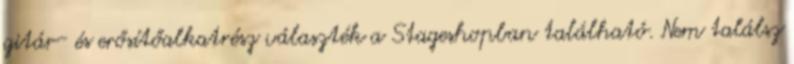
gitár- és erősítőalkatrész választék a Stageshopban található. Nem találsz